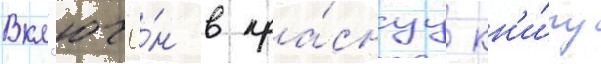
Вкл'ючё́н в кра́снуу кн'и́гу